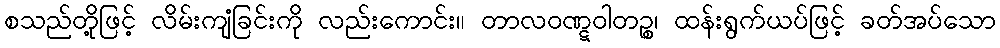
စသည်တို့ဖြင့် လိမ်းကျံခြင်းကို လည်းကောင်း။ တာလဝဏ္ဋဝါတဉ္စ၊ ထန်းရွက်ယပ်ဖြင့် ခတ်အပ်သော